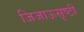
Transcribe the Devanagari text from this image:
जिजाऊसृष्टी